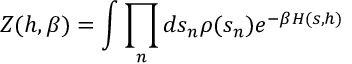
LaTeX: Z ( h , \beta ) = \int \prod _ { n } d s _ { n } \rho ( s _ { n } ) e ^ { - \beta H ( s , h ) }